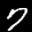
Label: 7